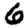
Digit: 6